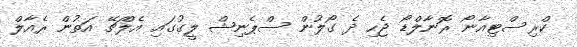
ކްރިސްޓިއާނޯ ރޮނާލްޑޯ ޖެހި ދެ ގޯލުން ސްޕެނިޝް ލީގުގައި އެލްޗޭ އަތުން ރެއާލް